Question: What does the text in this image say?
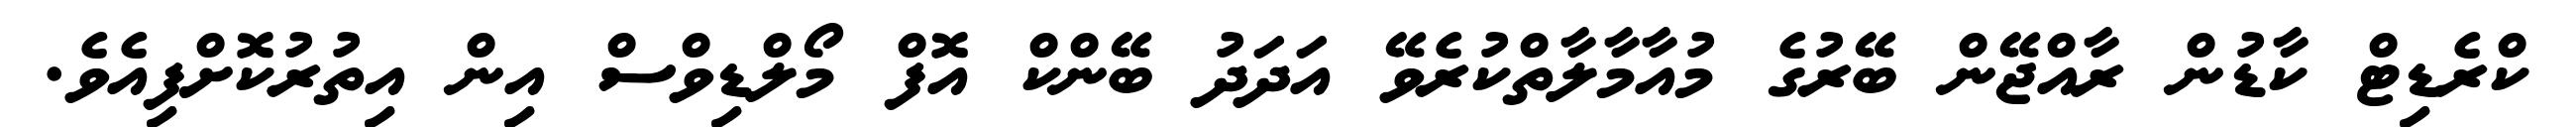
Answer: ކްރެޑިޓް ކާޑުން ރާއްޖޭން ބޭރުގެ މުއާމާލާތްކުރެވޭ އަދަދު ބޭންކް އޮފް މޯލްޑިވްސް އިން އިތުރުކޮށްފިއެވެ.